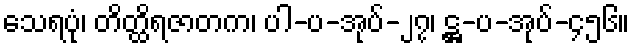
သေရပုံ၊ တိတ္ထိရဇာတက၊ ပါ-ပ-အုပ်-၂၇၊ ဋ္ဌ-ပ-အုပ်-၄၅၆။